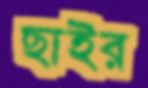
ছাইর